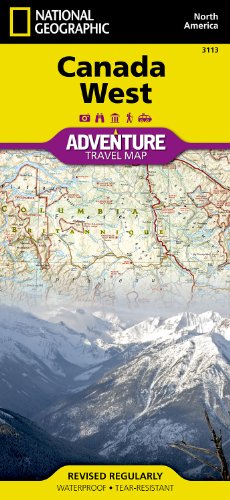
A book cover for Canada West (National Geographic Adventure Map); National Geographic Maps - Adventure; Travel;